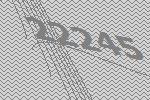
22245